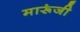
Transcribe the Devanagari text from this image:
मारूंजी